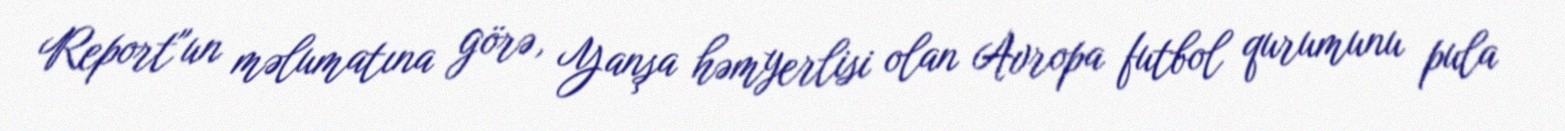
Report"un məlumatına görə, Yanşa həmyerlisi olan Avropa futbol qurumunu pula